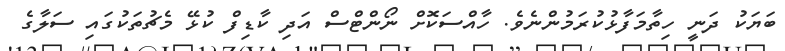
ބަޔަކު ދަނީ ހިތާމަފާޅުކުރަމުންނެވެ. ހާއްސަކޮށް ނޯންޓްސް އަދި ކާޑިފް ކުޅޭ މެޗުތަކުގައި ސަލާގެ